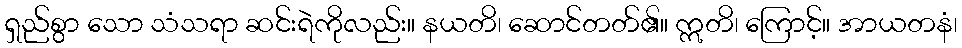
ရှည်စွာ သော သံသရာ ဆင်းရဲကိုလည်း။ နယတိ၊ ဆောင်တတ်၏။ ဣတိ၊ ကြောင့်။ အာယတနံ၊